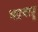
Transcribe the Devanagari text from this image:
भद्रबाहू